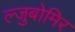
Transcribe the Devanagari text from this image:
ल्जुबोमिर